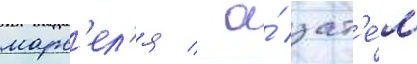
марс'ел'я / а́ зат'е́м